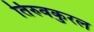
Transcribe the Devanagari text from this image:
तिरुवकुरल